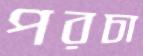
পরচা